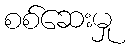
စစ်ဆေးမှု